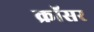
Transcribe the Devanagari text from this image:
क्रॉसर